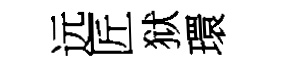
远匠狱環